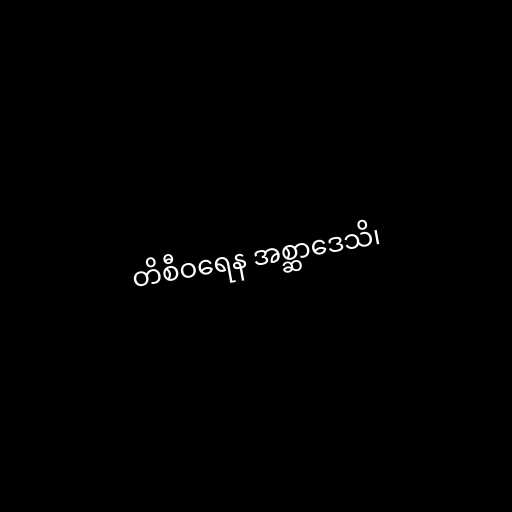
တိစီဝရေန အစ္ဆာဒေသိ၊